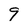
Character: 9